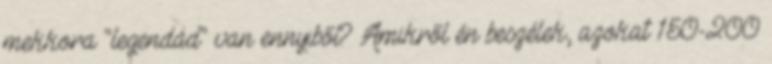
mekkora "legendád" van ennyiből? Amikről én beszélek, azokat 150-200